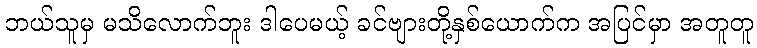
ဘယ်သူမှ မသိလောက်ဘူး ဒါပေမယ့် ခင်ဗျားတို့နှစ်ယောက်က အပြင်မှာ အတူတူ